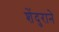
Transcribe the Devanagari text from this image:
शेंदुराने